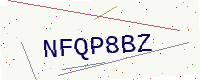
Text: NFQP8BZ